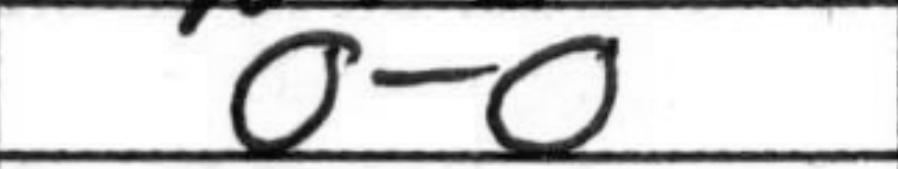
Transcription: O-O